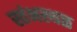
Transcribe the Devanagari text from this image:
स्तंभस्थळ